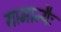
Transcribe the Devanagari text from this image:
सामान्यैः